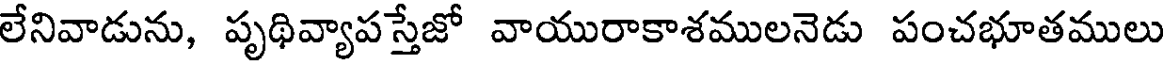
లేనివాడును, పృథివ్యాప స్తేజో వాయురాకాశములనెడు పంచభూతములు